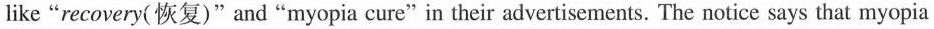
like"recovery(恢复)"and"myopia cure"in their advertisements. The notice says that myopia